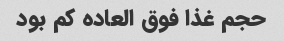
حجم غذا فوق العاده کم بود